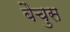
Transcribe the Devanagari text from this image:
बैचुस